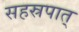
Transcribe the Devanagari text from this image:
सहस्रपात्